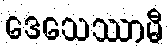
ဒေသေဿာမီ